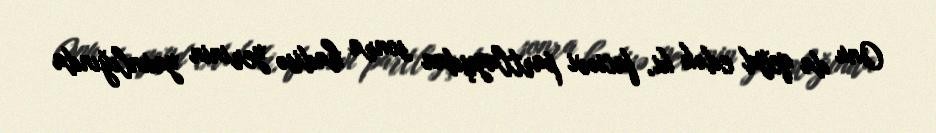
Onu da qeyd edək ki, faciəvi partlayışdan sonra hadisə yerinin yaxınlığında